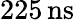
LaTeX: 225\, \mathrm{ns}